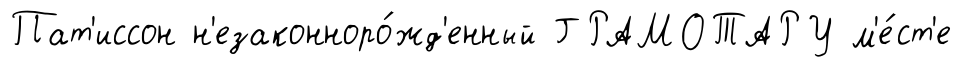
Пат'иссон н'езаконноро́жд'енный ГРАМОТАРУ м'е́ст'е